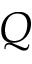
Q